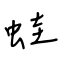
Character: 蛙